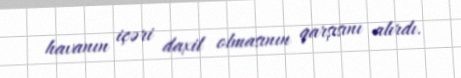
havanın içəri daxil olmasının qarşısını alırdı.